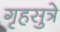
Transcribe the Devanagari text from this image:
गृहसुत्रे